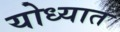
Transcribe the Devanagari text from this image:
योध्यात